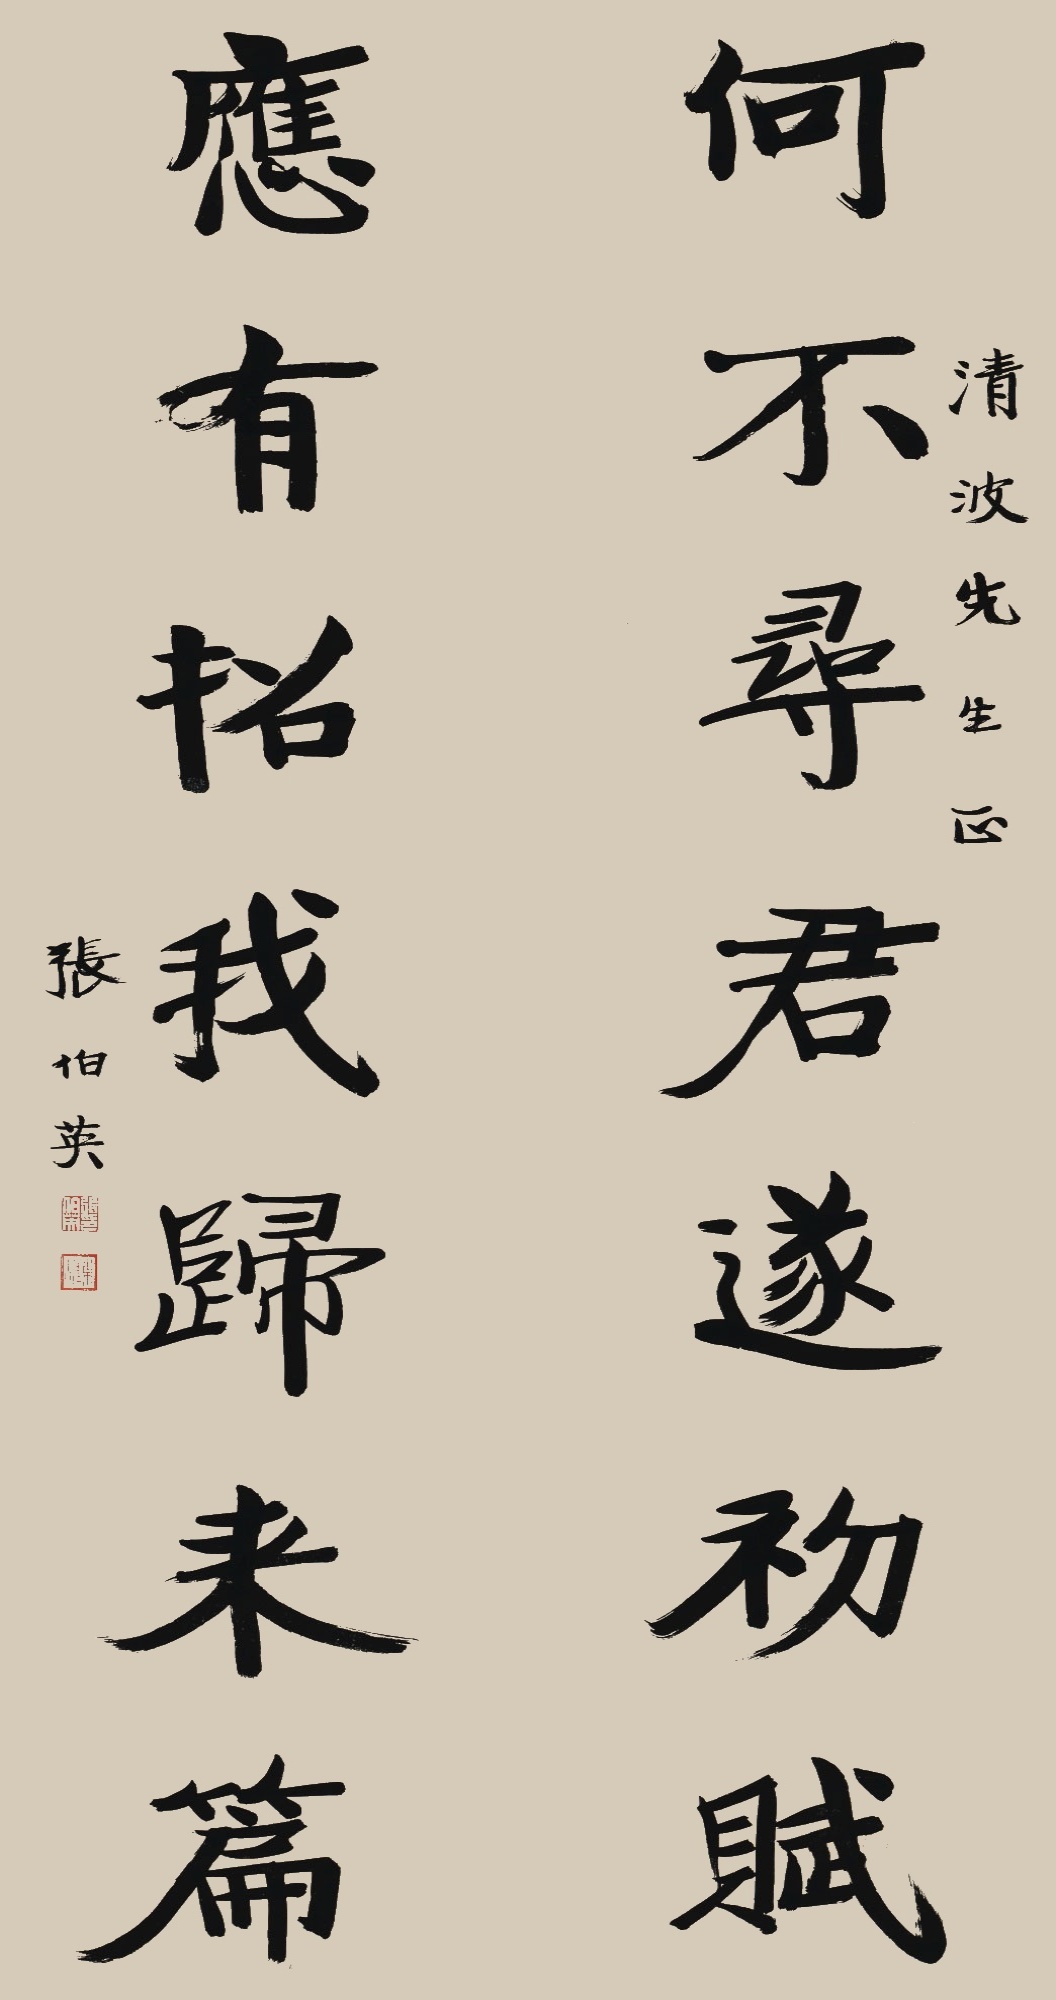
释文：何不寻君遂初赋，应有招我归来篇。清波先生正，张伯英。